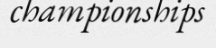
championships